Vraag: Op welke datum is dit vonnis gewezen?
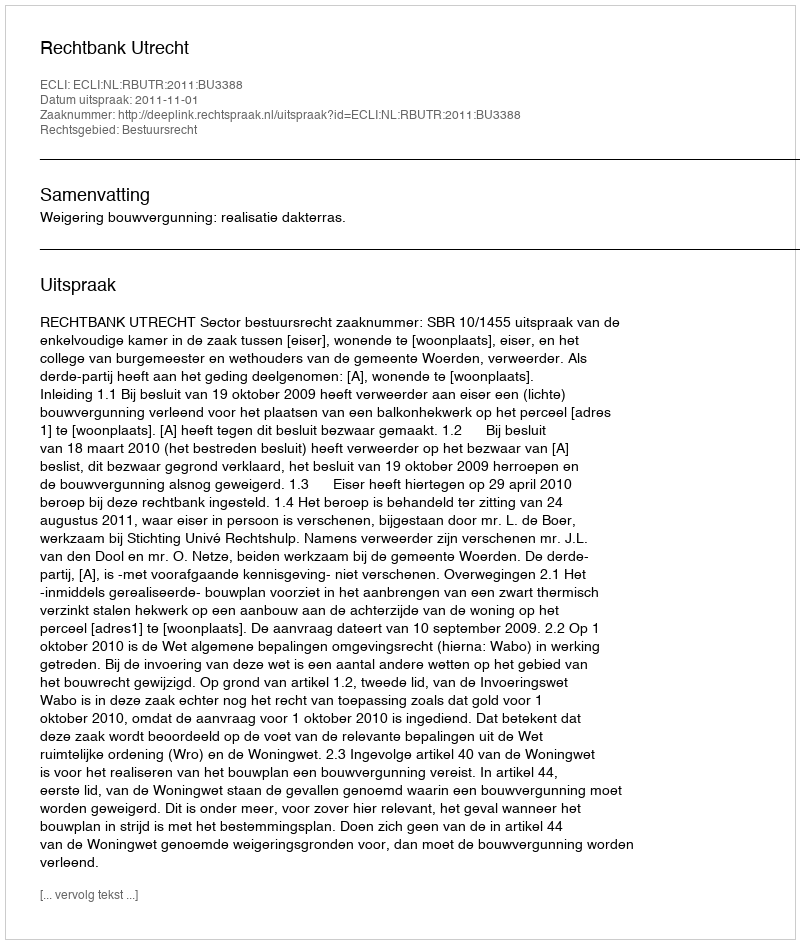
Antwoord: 2011-11-01